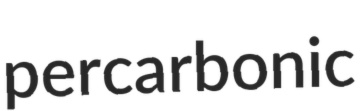
percarbonic